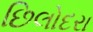
છિલોદરા